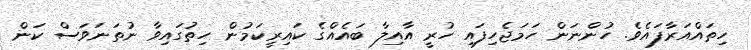
ހިތައްއަރާފައެވެ. ހުންނަން ހަމަޖެހިފައި ހުރީ އާއިލާ ބައެއްގެ ކައިރީކަމުން ހިތުގައިވާ ނުތަނަވަސް ކަން